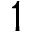
1